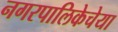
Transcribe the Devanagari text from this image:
नगरपालिकेचेया